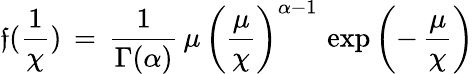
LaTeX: \mathfrak{f}(\frac{{1}}{{\chi}})\, =\, \frac{{1}}{{\Gamma(\alpha)}}\, \mu\, \left(\frac{{\mu}}{{\chi}}\right)^{\alpha-1}\, \exp\left(-\, \frac{{\mu}}{{\chi}}\right)